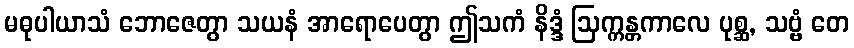
မဓုပါယာသံ ဘောဇေတွာ သယနံ အာရောပေတွာ ဤသကံ နိဒ္ဒံ ဩက္ကန္တကာလေ ပုစ္ဆ, သဗ္ဗံ တေ